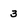
Character: 3